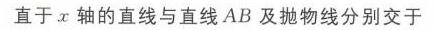
直于\(x\)轴的直线与直线\(AB\)及抛物线分别交于